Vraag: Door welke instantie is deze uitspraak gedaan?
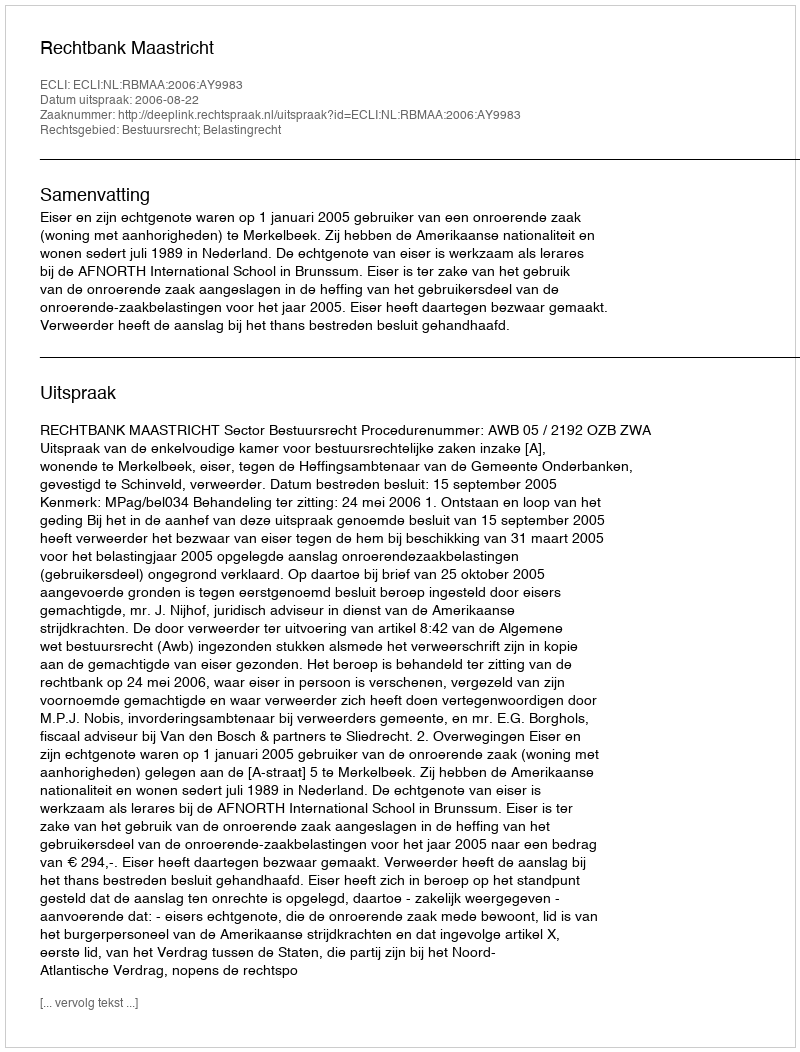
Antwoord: Rechtbank Maastricht